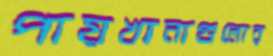
পায়খানাগুলোর